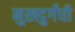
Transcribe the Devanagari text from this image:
मुखदुर्गंधी